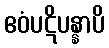
ဧဝံပဋိပန္နာပိ